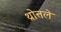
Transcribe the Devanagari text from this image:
थ्रोत्तले